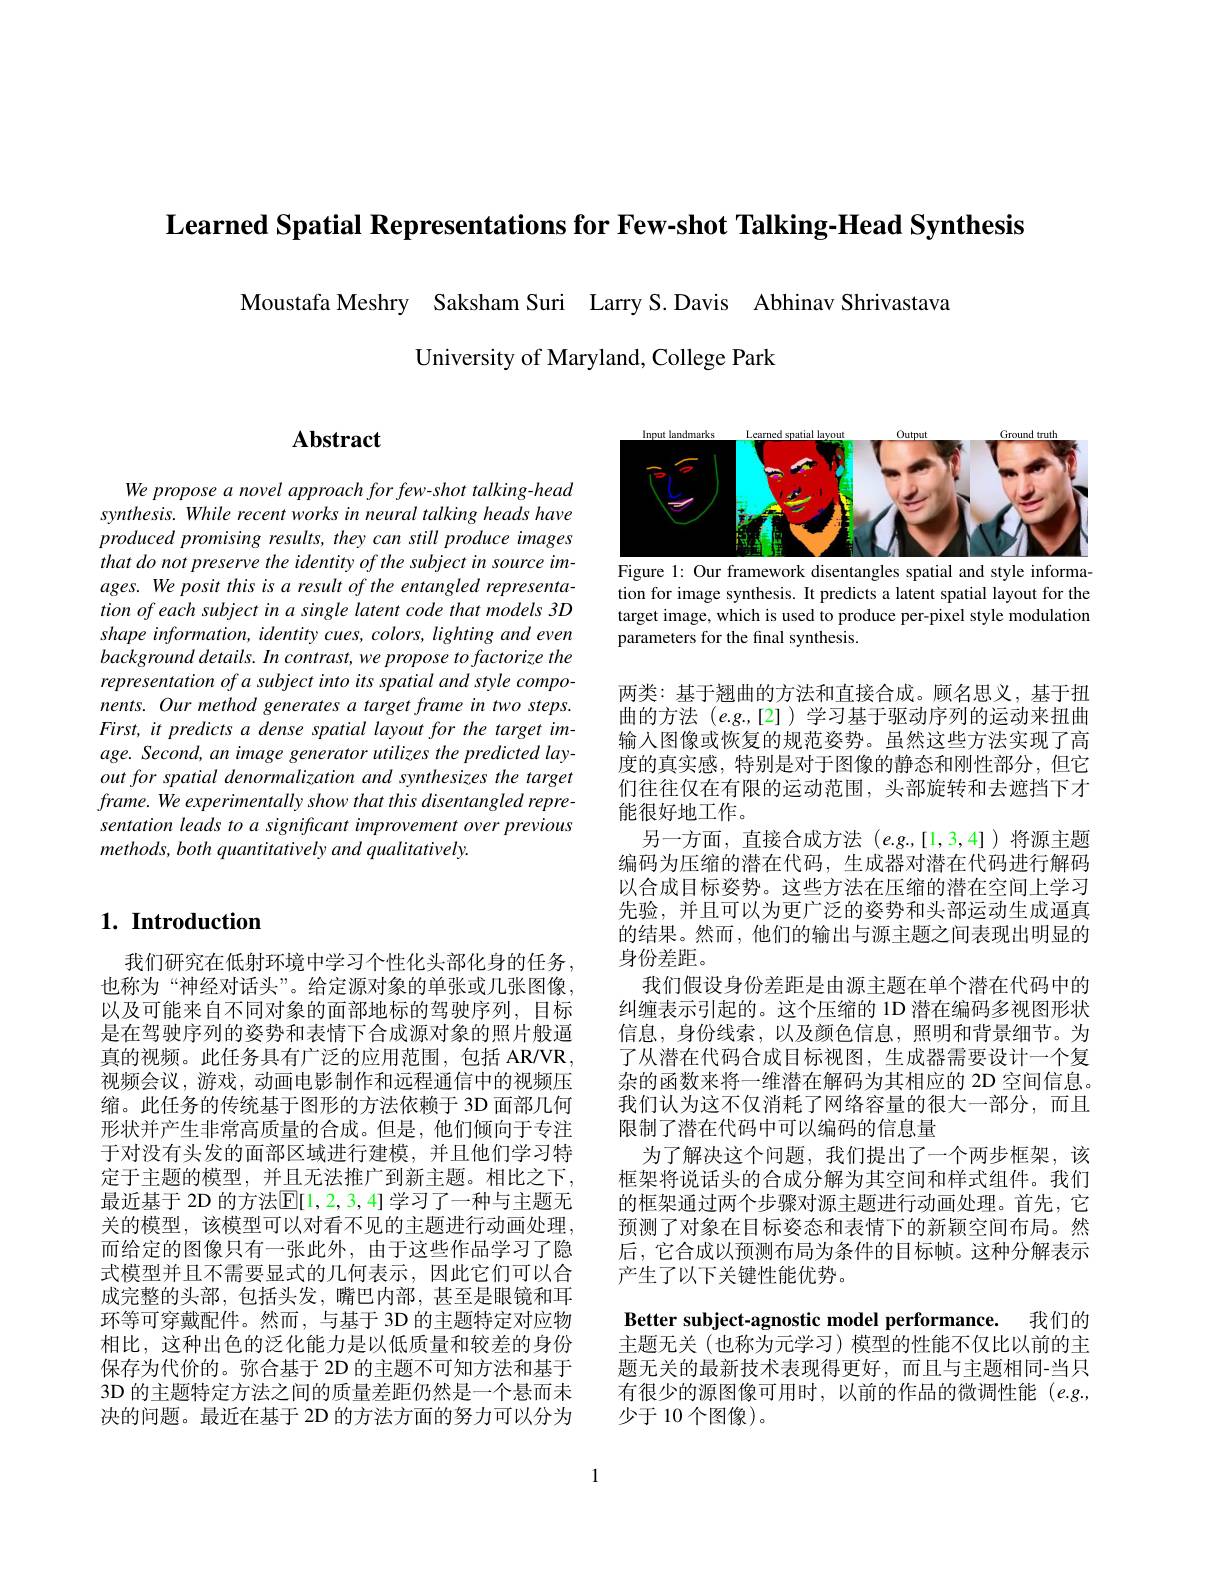
Learned Spatial Representations for Few-shot Talking-Head Synthesis

Moustafa Meshry Saksham Suri Larry S.Davis Abhinav Shrivastava
University of Maryland, College Park

# $\mathbf{Abstract}$

We propose a novel approach for few-shot talking-head synthesis. While recent works in neural talking heads have produced promising results, they can still produce images that do not preserve the identity of the subject in source images. We posit this is a result of the entangled representation of each subject in a single latent code that models 3D shape information, identity cues, colors, lighting and even background details. In contrast, we propose to factorize the representation of a subject into its spatial and style components. Our method generates a target frame in two steps. First, it predicts a dense spatial layout for the target image. Second, an image generator utilizes the predicted layout for spatial denormalization and synthesizes the target frame. We experimentally show that this disentangled representation leads to a significant improvement over previous $methods, both\textit{ quantitatively and qualitatively. }$

## $1. \textbf{ Introduction}$

我们研究在低射环境中学习个性化头部化身的任务， 也称为“神经对话头”。给定源对象的单张或几张图像， 以及可能来自不同对象的面部地标的驾驶序列，目标是在驾驶序列的姿势和表情下合成源对象的照片般逼真的视频。此任务具有广泛的应用范围，包括 AR/VR, 视频会议，游戏，动画电影制作和远程通信中的视频压缩。此任务的传统基于图形的方法依赖于 3D 面部几何形状并产生非常高质量的合成。但是，他们倾向于专注于对没有头发的面部区域进行建模，并且他们学习特定于主题的模型，并且无法推广到新主题。相比之下， 最近基于 2D 的方法$\mathbb{E}[1,2,3,4]$学习了一种与主题无关的模型，该模型可以对看不见的主题进行动画处理， 而给定的图像只有一张此外，由于这些作品学习了隐式模型并且不需要显式的几何表示，因此它们可以合成完整的头部，包括头发，嘴巴内部，甚至是眼镜和耳环等可穿戴配件。然而，与基于 3D 的主题特定对应物相比，这种出色的泛化能力是以低质量和较差的身份保存为代价的。弥合基于 2D 的主题不可知方法和基于3D 的主题特定方法之间的质量差距仍然是一个悬而未决的问题。最近在基于 2D 的方法方面的努力可以分为

<FigureHere>
Figure 1: Our framework disentangles spatial and style informa-

tion for image synthesis. It predicts a latent spatial layout for the target image, which is used to produce per-pixel style modulation parameters for the final synthesis.

两类：基于翘曲的方法和直接合成。顾名思义，基于扭曲的方法$(e.g.,[2])$学习基于驱动序列的运动来扭曲输入图像或恢复的规范姿势。虽然这些方法实现了高度的真实感，特别是对于图像的静态和刚性部分，但它们往往仅在有限的运动范围，头部旋转和去遮挡下才能很好地工作。
另一方面，直接合成方法$(e.g.,[1,3,4])$将源主题编码为压缩的潜在代码，生成器对潜在代码进行解码以合成目标姿势。这些方法在压缩的潜在空间上学习先验，并且可以为更广泛的姿势和头部运动生成逼真的结果。然而，他们的输出与源主题之间表现出明显的身份差距。
我们假设身份差距是由源主题在单个潜在代码中的纠缠表示引起的。这个压缩的 1D 潜在编码多视图形状信息，身份线索，以及颜色信息，照明和背景细节。为了从潜在代码合成目标视图，生成器需要设计一个复杂的函数来将一维潜在解码为其相应的 2D 空间信息。我们认为这不仅消耗了网络容量的很大一部分，而且限制了潜在代码中可以编码的信息量
为了解决这个问题，我们提出了一个两步框架，该框架将说话头的合成分解为其空间和样式组件。我们的框架通过两个步骤对源主题进行动画处理。首先，它预测了对象在目标姿态和表情下的新颖空间布局。然后，它合成以预测布局为条件的目标帧。这种分解表示产生了以下关键性能优势。
Better subject-agnostic model performance. 我们的

主题无关(也称为元学习)模型的性能不仅比以前的主题无关的最新技术表现得更好，而且与主题相同-当只有很少的源图像可用时，以前的作品的微调性能(e.g., 少于10个图像)。

1